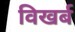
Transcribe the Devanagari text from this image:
विखर्ब